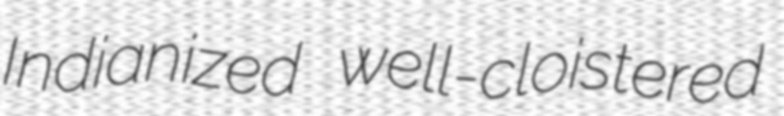
Indianized well-cloistered